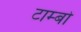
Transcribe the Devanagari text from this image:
टाम्‍बो